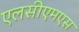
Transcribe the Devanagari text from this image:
एलसीएमएस